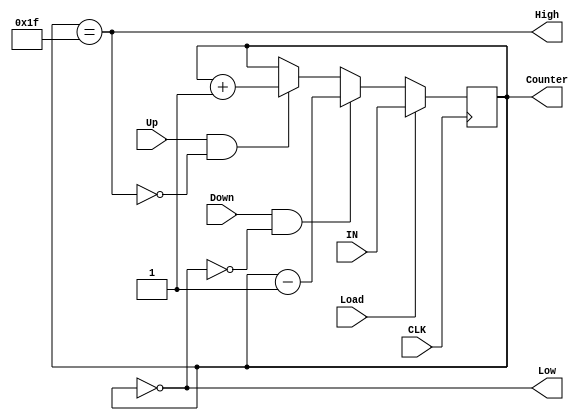
//  solution 1 : putting the combinational and sequential block together

module Up_Dn_Counterer (
input    wire     [4:0]   IN, 
input    wire             CLK,
input    wire             Load, 
input    wire             Up,
input    wire             Down,   
output   wire             High,
output   wire             Low,
output   reg      [4:0]   Counter

);

always @(posedge CLK ) 
begin
if (Load==1)
  begin
     Counter <= IN;
  end

else if (Down && !Low) 
  begin
     Counter <= Counter - 5'b1;      
  end

else if (Up && !High) 
  begin
     Counter <= Counter + 5'b1;
  end
end

assign High = (Counter ==5'd31);
assign Low  = (Counter ==5'd0);
endmodule